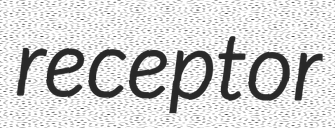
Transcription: receptor